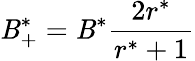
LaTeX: \mathit{B}_{+}^{*}=\mathit{B}^{*}\frac{{2r^{*}}}{{r^{*}+1}}